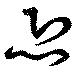
恐